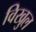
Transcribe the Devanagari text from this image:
विखुल